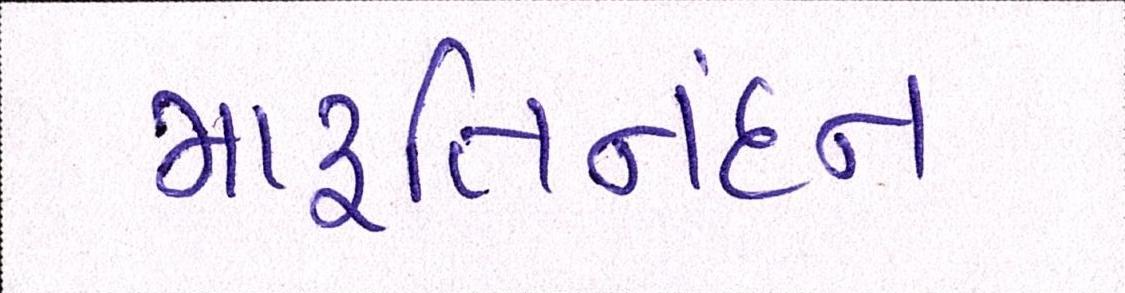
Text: મારૂતિનંદન